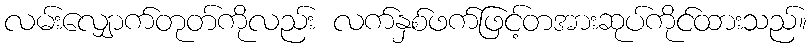
လမ်းလျှောက်တုတ်ကိုလည်း လက်နှစ်ဖက်ဖြင့်တအားဆုပ်ကိုင်ထားသည်။